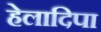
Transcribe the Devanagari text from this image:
हेलादिपा